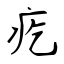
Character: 疙